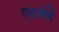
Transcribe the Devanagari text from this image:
एयरबैगें